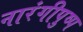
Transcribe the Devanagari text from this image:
नारंगीपुष्प